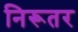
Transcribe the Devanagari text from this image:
निरूतर